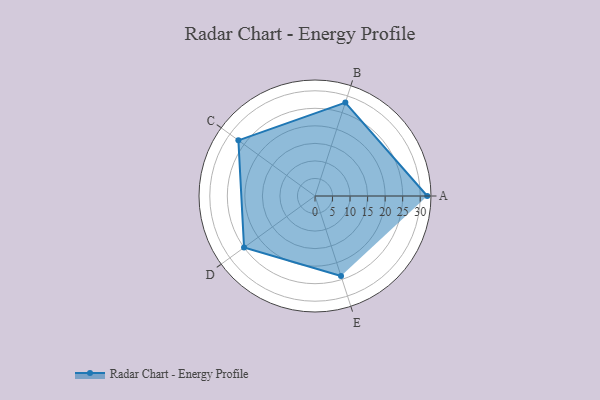
{"axis": {"x": "Skill", "y": "Score"}, "legend": ["Profile"], "data": [{"x": "A", "y": 32.0, "type": "Profile"}, {"x": "B", "y": 28.0, "type": "Profile"}, {"x": "C", "y": 27.0, "type": "Profile"}, {"x": "D", "y": 25.0, "type": "Profile"}, {"x": "E", "y": 24.0, "type": "Profile"}]}